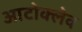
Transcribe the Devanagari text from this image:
आटोक्‍लेव